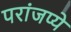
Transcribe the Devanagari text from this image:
परांजप्ये